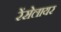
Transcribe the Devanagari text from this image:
रेंसेलायर